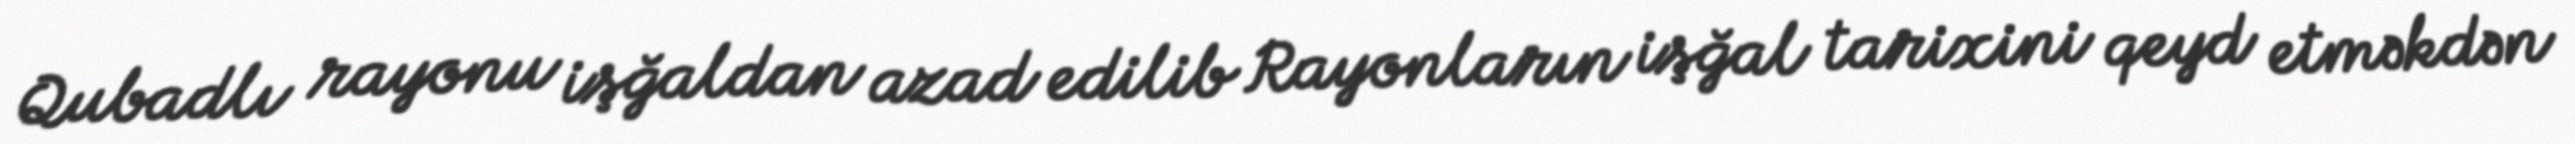
Qubadlı rayonu işğaldan azad edilib Rayonların işğal tarixini qeyd etməkdən